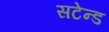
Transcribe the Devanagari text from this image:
सटेन्ड